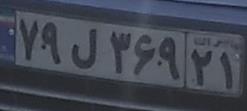
۷۹ل۳۶۹۲۱